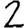
Digit: 2